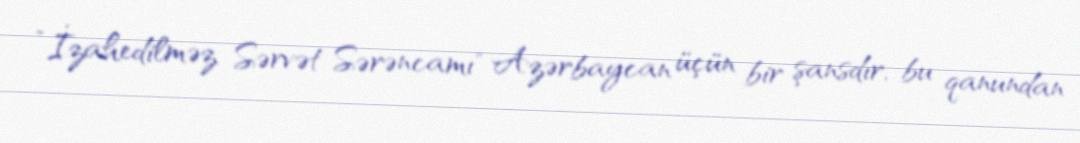
”İzahedilməz Sərvət Sərəncamı" Azərbaycan üçün bir şansdır, bu qanundan